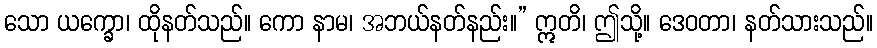
သော ယက္ခော၊ ထိုနတ်သည်။ ကော နာမ၊ အဘယ်နတ်နည်း။” ဣတိ၊ ဤသို့။ ဒေဝတာ၊ နတ်သားသည်။